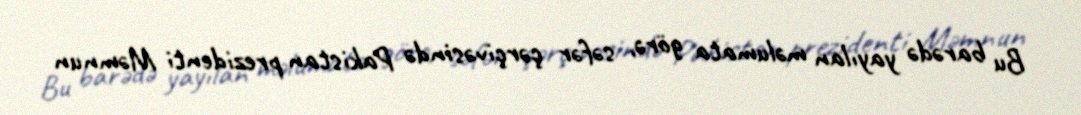
Bu barədə yayılan məlumata görə, səfər çərçivəsində Pakistan prezidenti Məmnun